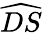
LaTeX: \widehat{DS}